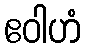
ဧဝါဟံ